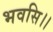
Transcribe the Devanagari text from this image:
भवसि।।